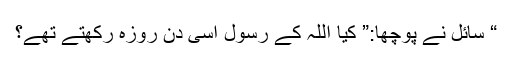
“ سائل نے پوچھا:” کیا اللہ کے رسول اسی دن روزہ رکھتے تھے؟